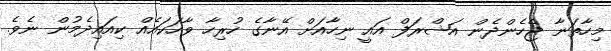
މިހާތަނާ ޖެހެންދެން އަޝްރަފް އައީ ނިހާއަށް އޭނާގެ ހުރިހާ ވާހަކައެއް ކިއައިދެމުން ނެވެ.